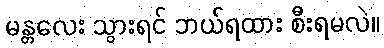
မန္တလေး သွားရင် ဘယ်ရထား စီးရမလဲ။